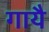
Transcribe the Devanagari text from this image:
गायै